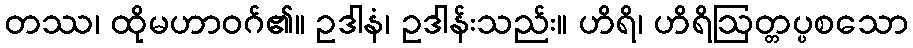
တဿ၊ ထိုမဟာဝဂ်၏။ ဥဒါနံ၊ ဥဒါန်းသည်း။ ဟိရိ၊ ဟိရိဩတ္တပ္ပစသော